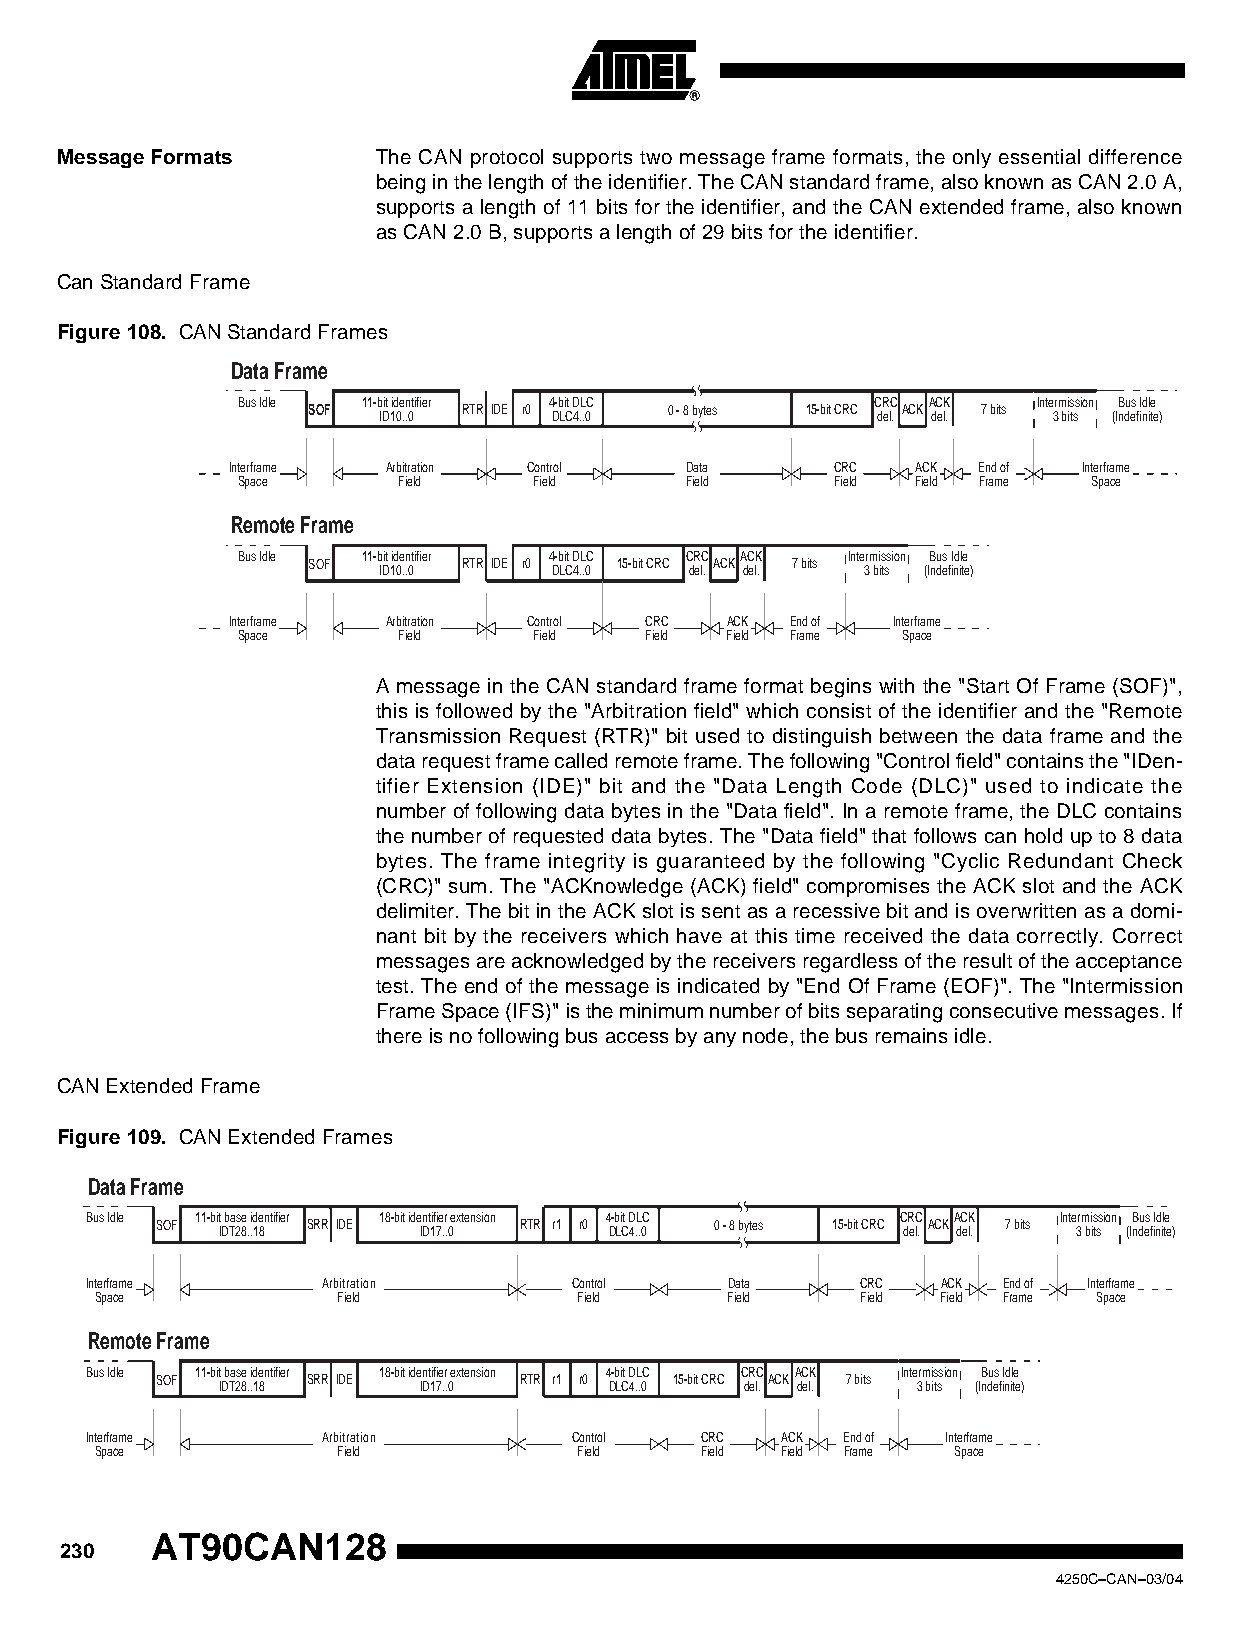
Message Formats      The CAN protocol supports two message frame formats, the only essential difference
 being in the length of the identifier. The CAN standard frame, also known as CAN 2.0 A,
 supports a length of 11 bits for the identifier, and the CAN extended frame, also known
 as CAN 2.0 B, supports a length of 29 bits for the identifier.
 Can Standard Frame
 Figure 108. CAN Standard Frames
 Data Frame
 Bus Idle 11-bit identifier 4-bit DLC      CRC ACK    Intermission Bus Idle
 SSOOFF ID10..0 RTR IDE r0 DLC4..0 0 - 8 bytes 15-bit CRC del. ACK del. 7 bits 3 bits (Indefinite)
 Interframe Arbitration Control Data     CRC   ACK End of Interframe
 Space     Field    Field     Field     Field Field Frame Space
 Remote Frame
 Bus Idle 11-bit identifier 4-bit DLC CRC ACK Intermission Bus Idle
 SSOOFF ID10..0 RTR IDE r0 DLC4..0 15-bit CRC del. ACK del. 7 bits 3 bits (Indefinite)
 Interframe Arbitration Control CRC ACK End of Interframe
 Space     Field    Field   Field Field Frame Space
 A message in the CAN standard frame format begins with the "Start Of Frame (SOF)",
 this is followed by the "Arbitration field" which consist of the identifier and the "Remote
 Transmission Request (RTR)" bit used to distinguish between the data frame and the
 data request frame called remote frame. The following "Control field" contains the "IDen-
 tifier Extension (IDE)" bit and the "Data Length Code (DLC)" used to indicate the
 number of following data bytes in the "Data field". In a remote frame, the DLC contains
 the number of requested data bytes. The "Data field" that follows can hold up to 8 data
 bytes. The frame integrity is guaranteed by the following "Cyclic Redundant Check
 (CRC)" sum. The "ACKnowledge (ACK) field" compromises the ACK slot and the ACK
 delimiter. The bit in the ACK slot is sent as a recessive bit and is overwritten as a domi-
 nant bit by the receivers which have at this time received the data correctly. Correct
 messages are acknowledged by the receivers regardless of the result of the acceptance
 test. The end of the message is indicated by "End Of Frame (EOF)". The "Intermission
 Frame Space (IFS)" is the minimum number of bits separating consecutive messages. If
 there is no following bus access by any node, the bus remains idle.
 CAN Extended Frame
 Figure 109. CAN Extended Frames
 Data Frame
 Bus Idle 11-bit base identifier 18-bit identifier extension 4-bit DLC CRC ACK Intermission Bus Idle
 SSOOFF IDT28..18 SRR IDE ID17..0 RTR r1 r0 DLC4..0 0 - 8 bytes 15-bit CRC del. ACK del. 7 bits 3 bits (Indefinite)
 Interframe     Arbitration      Control   Data     CRC  ACK End of Interframe
 Space           Field           Field     Field    Field Field Frame Space
 Remote Frame
 Bus Idle 11-bit base identifier 18-bit identifier extension 4-bit DLC CRC ACK Intermission Bus Idle
 SSOOFF IDT28..18 SRR IDE ID17..0 RTR r1 r0 DLC4..0 15-bit CRC del. ACK del. 7 bits 3 bits (Indefinite)
 Interframe     Arbitration      Control CRC   ACK End of Interframe
 Space           Field           Field   Field Field Frame Space
 AT90CAN128
 230
 4250C–CAN–03/04